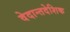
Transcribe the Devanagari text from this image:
वेदान्तदेशिक